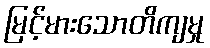
မြင့်မားသောတိကျမှု